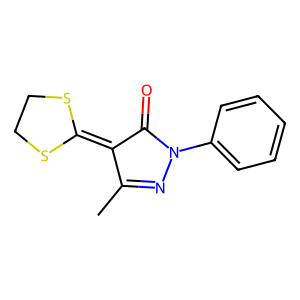
SMILES: CC1=NN(c2ccccc2)C(=O)C1=C1SCCS1
Inhibits HIV replication: No